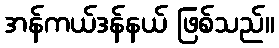
အန်ကယ်ဒန်နယ် ဖြစ်သည်။